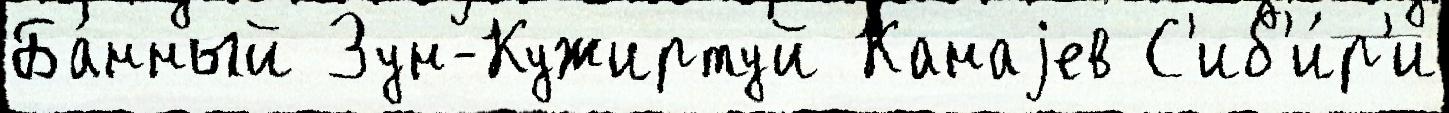
Ба́нный Зун-Кужиртуй Канаjев С'иб'и́р'и